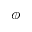
\phi